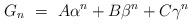
LaTeX: \begin{align*} G_{n}\ =\ A\alpha^{n}+B\beta^{n}+C\gamma^{n}\end{align*}